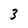
Character: 3